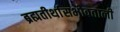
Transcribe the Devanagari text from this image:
ब्रह्मतीर्थासभोवताली